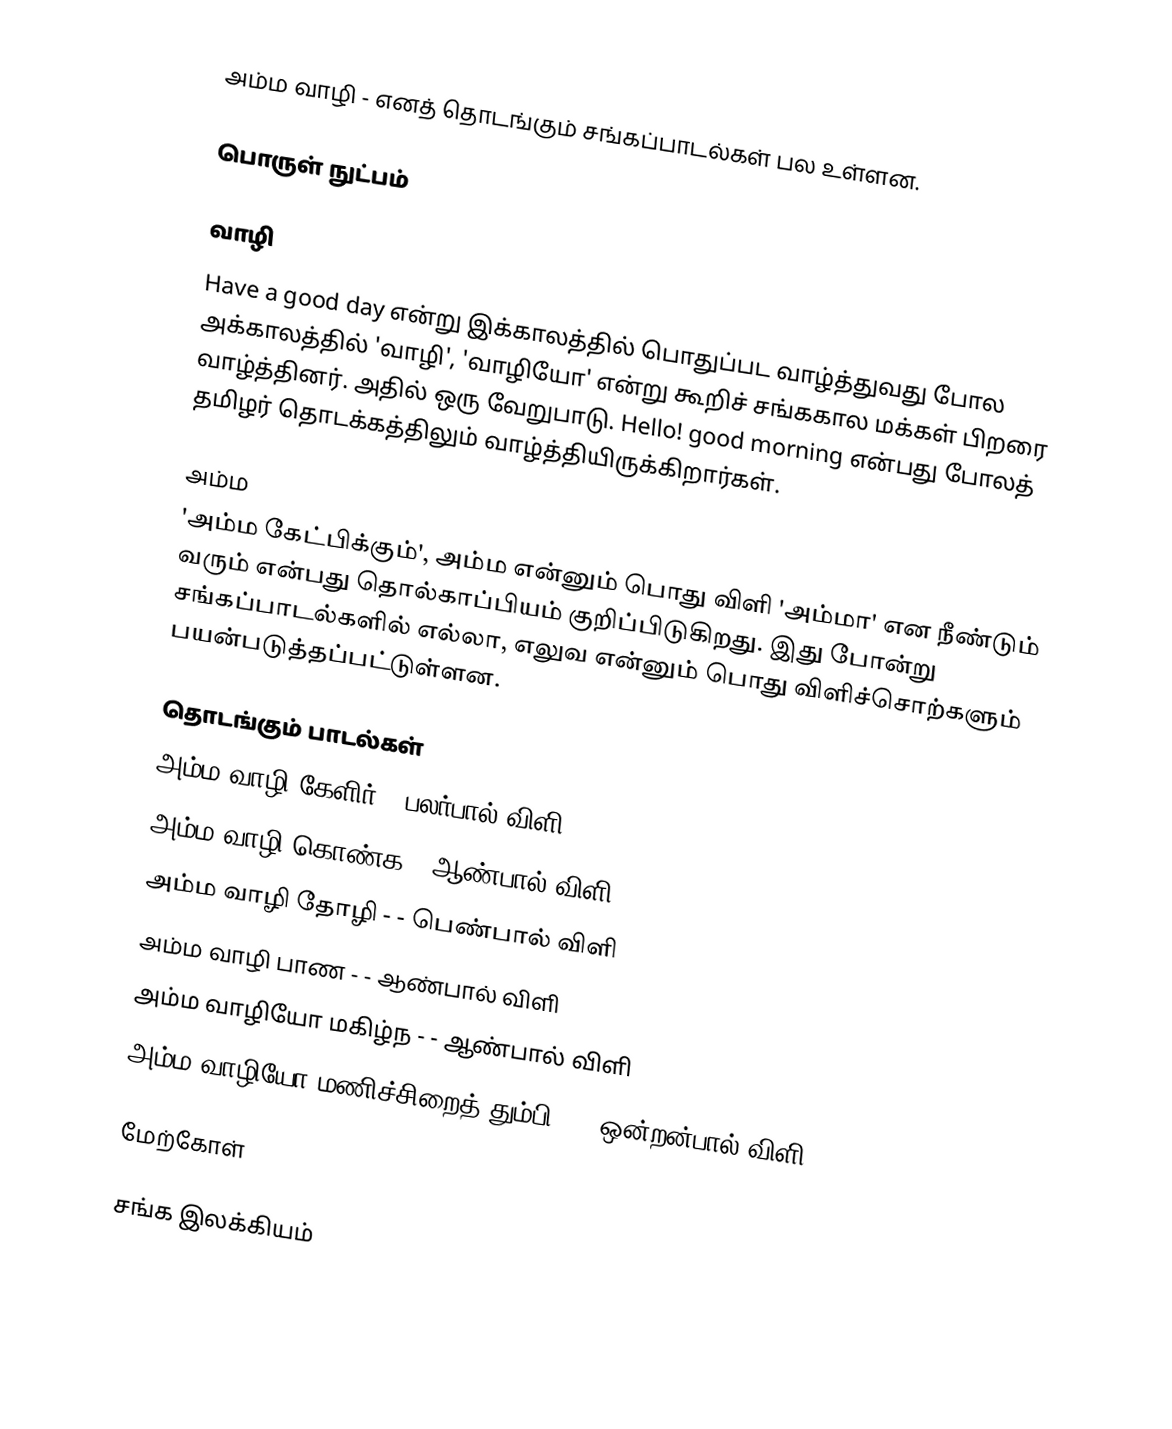
அம்ம வாழி - எனத் தொடங்கும் சங்கப்பாடல்கள் பல உள்ளன.

பொருள் நுட்பம்

வாழி
Have a good day என்று இக்காலத்தில் பொதுப்பட வாழ்த்துவது போல அக்காலத்தில் 'வாழி', 'வாழியோ' என்று கூறிச் சங்ககால மக்கள் பிறரை வாழ்த்தினர். அதில் ஒரு வேறுபாடு. Hello! good morning என்பது போலத் தமிழர் தொடக்கத்திலும் வாழ்த்தியிருக்கிறார்கள்.

அம்ம
'அம்ம கேட்பிக்கும்', அம்ம என்னும் பொது விளி 'அம்மா' என நீண்டும் வரும் என்பது தொல்காப்பியம் குறிப்பிடுகிறது. இது போன்று சங்கப்பாடல்களில் எல்லா, எலுவ என்னும் பொது விளிச்சொற்களும் பயன்படுத்தப்பட்டுள்ளன.

தொடங்கும் பாடல்கள்
 அம்ம வாழி கேளிர்  - பலர்பால் விளி
 அம்ம வாழி கொண்க  - ஆண்பால் விளி
 அம்ம வாழி தோழி -   - பெண்பால் விளி
 அம்ம வாழி பாண -  - ஆண்பால் விளி
 அம்ம வாழியோ மகிழ்ந -  - ஆண்பால் விளி
 அம்ம வாழியோ மணிச்சிறைத் தும்பி -  - ஒன்றன்பால் விளி

மேற்கோள்

சங்க இலக்கியம்